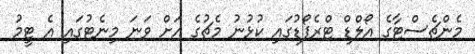
މެންޗެސްޓާގެ އޯލްޑް ޓްރެފޯޑުގައި ކުޅުނު މެޗުގެ އަށް ވަނަ މިނެޓުގައި އެ ޓީމު